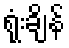
ရုံးချိန်